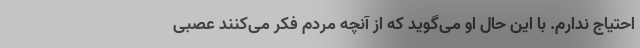
احتیاج ندارم. با این حال او می‌گوید که از آنچه مردم فکر می‌کنند عصبی